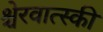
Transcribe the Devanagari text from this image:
श्चेरवात्स्की